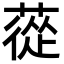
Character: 蓯